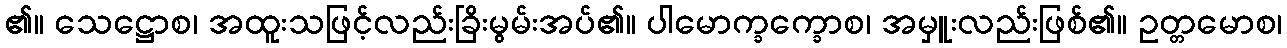
၏။ သေဋ္ဌောစ၊ အထူးသဖြင့်လည်းခြိးမွမ်းအပ်၏။ ပါမောက္ခက္ခောစ၊ အမှူးလည်းဖြစ်၏။ ဥတ္တမောစ၊